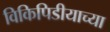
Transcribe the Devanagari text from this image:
विकिपिडीयाच्या